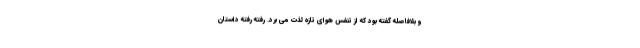
و بلافاصله گفته بود که از تنفس هوای تازه لذت می برد. رفته رفته داستان